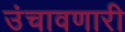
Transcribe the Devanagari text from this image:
उंचावणारी